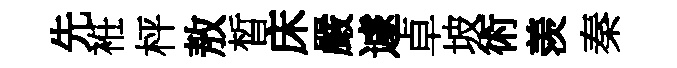
先袵枰敖晳床嚴遽卓坡術羡秦